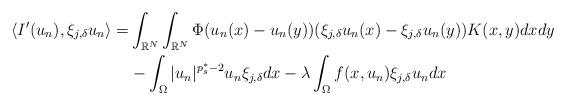
LaTeX: \begin{align*}\langle I^{\prime}(u_{n}),\xi_{j,\delta}u_{n}\rangle=&\int_{\mathbb{R}^{N}}\int_{\mathbb{R}^{N}}\Phi(u_{n}(x)-u_{n}(y))(\xi_{j,\delta}u_{n}(x)-\xi_{j,\delta}u_{n}(y))K(x,y)dx dy\\&-\int_{\Omega}|u_{n}|^{p_{s}^{\ast}-2}u_{n}\xi_{j,\delta}dx-\lambda\int_{\Omega}f(x,u_{n})\xi_{j,\delta}u_{n} dx\end{align*}